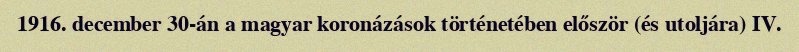
1916. december 30-án a magyar koronázások történetében először (és utoljára) IV.